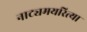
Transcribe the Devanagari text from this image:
नाट्यमयरित्या